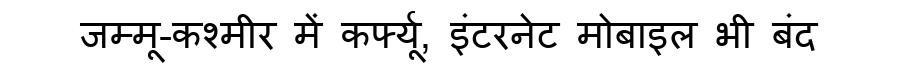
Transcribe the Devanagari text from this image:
जम्मू-कश्मीर में कर्फ्यू, इंटरनेट मोबाइल भी बंद